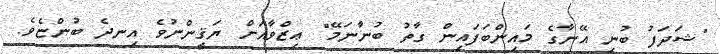
"ޝަދަފު ބުނި އޭނާގެ މައިންބަފައިން ގާތު ބުނާނަމޭ" ޢިޒްވާއަށް ޔަޤީންނުވެ އިނދެ ބުންޏެވެ.